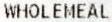
WHOLEMEAL